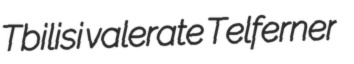
Tbilisi valerate Telferner